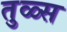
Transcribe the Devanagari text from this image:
तुळ्स